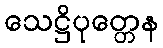
သေဋ္ဌိပုတ္တေန